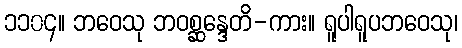
၁၁၀၄။ ဘဝေသု ဘဝစ္ဆန္ဒေတိ-ကား။ ရူပါရူပဘဝေသု၊